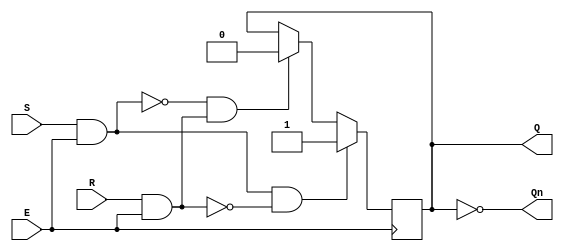
module gated_sr_latch (
    input wire S,      // Set input
    input wire R,      // Reset input
    input wire E,      // Enable input
    output reg Q,      // Output Q
    output wire Qn     // Complementary output Q'
);

// Internal signals
wire S_gated;
wire R_gated;

// Gated inputs based on Enable signal
assign S_gated = S & E; // S is allowed only when E is high
assign R_gated = R & E; // R is allowed only when E is high

// Latch behavior
always @(posedge E) begin
    if (S_gated && !R_gated) begin
        Q <= 1'b1; // Set state
    end else if (!S_gated && R_gated) begin
        Q <= 1'b0; // Reset state
    end
    // If both S and R are high, maintain the previous state
end

// Complementary output
assign Qn = ~Q;

endmodule